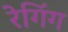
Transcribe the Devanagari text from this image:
रेगिंग